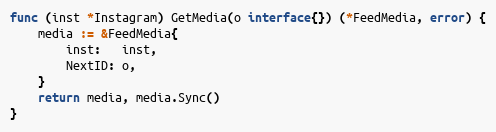
Language: Go
func (inst *Instagram) GetMedia(o interface{}) (*FeedMedia, error) {
	media := &FeedMedia{
		inst:   inst,
		NextID: o,
	}
	return media, media.Sync()
}